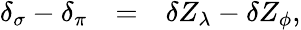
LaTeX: \begin{array}{rcl}{{\delta_{\sigma}-\delta_{\pi}}}&{{=}}&{{\delta Z_{\lambda}-\delta Z_{\phi},}}\end{array}